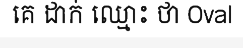
គេ ដាក់ ឈ្មោះ ថា Oval